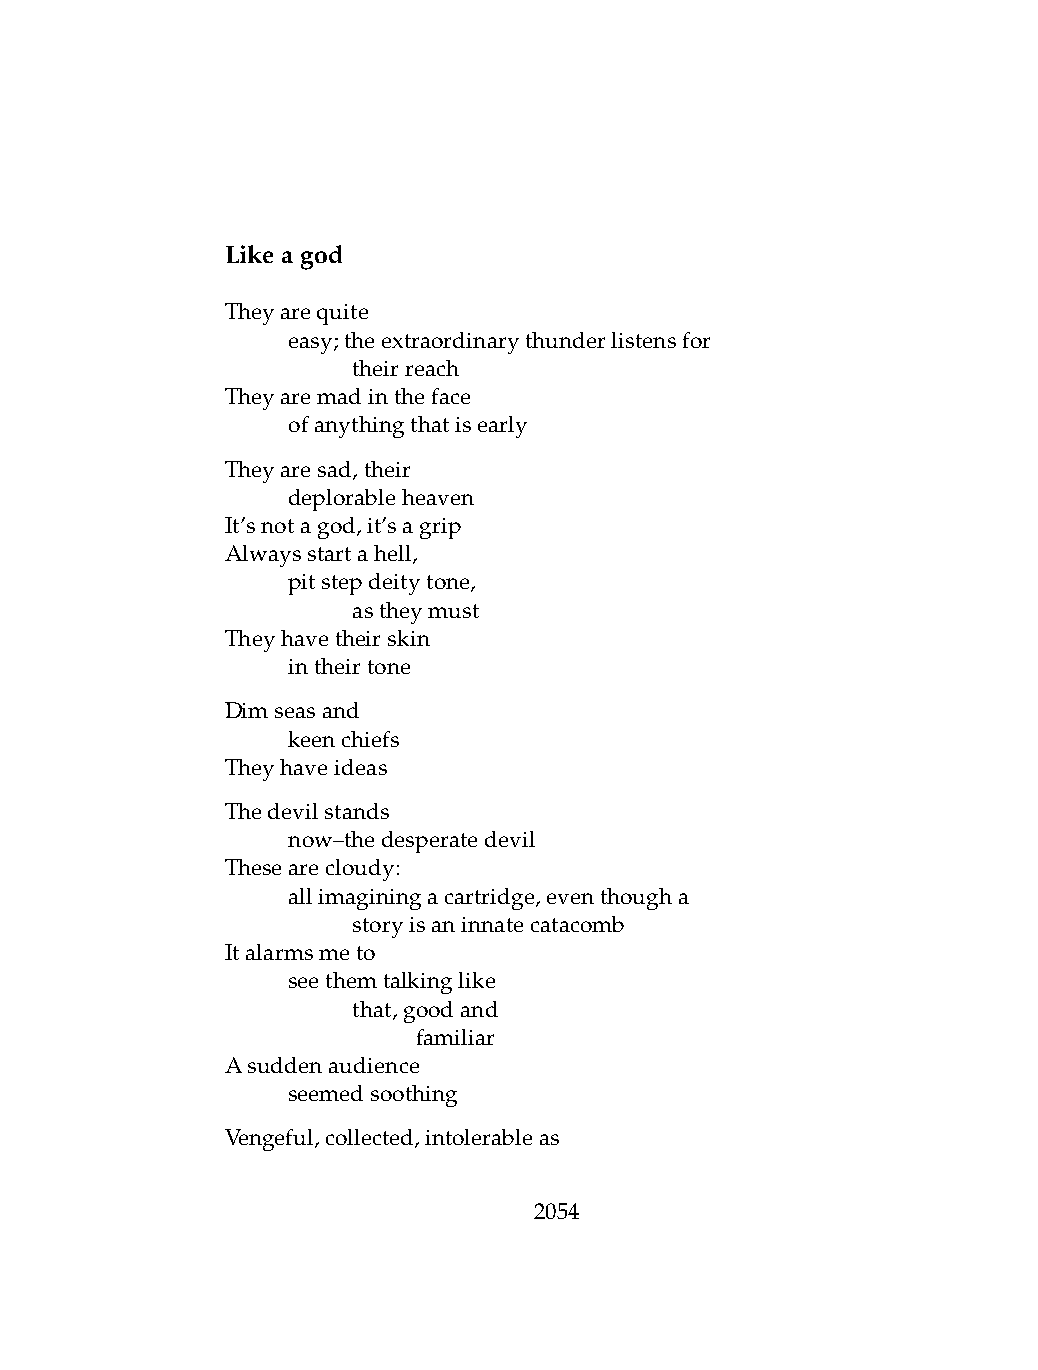
Likeagod
 Theyarequite
 .   easy;theextraordinarythunderlistensfor
 .   .   theirreach
 Theyaremadintheface
 .   ofanythingthatisearly
 Theyaresad,their
 .   deplorableheaven
 It’snotagod,it’sagrip
 Alwaysstartahell,
 .   pitstepdeitytone,
 .   .   astheymust
 Theyhavetheirskin
 .   intheirtone
 Dimseasand
 .   keenchiefs
 Theyhaveideas
 Thedevilstands
 .   now–thedesperatedevil
 Thesearecloudy:
 .   allimaginingacartridge,eventhougha
 .   .   storyisaninnatecatacomb
 Italarmsmeto
 .   seethemtalkinglike
 .   .   that,goodand
 .   .   .    familiar
 Asuddenaudience
 .   seemedsoothing
 Vengeful,collected,intolerableas
 2054